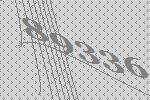
89336